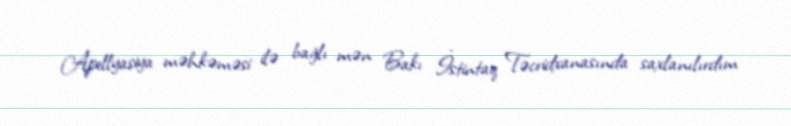
Apellyasiya məhkəməsi ilə bağlı mən Bakı İstintaq Təcridxanasında saxlanılırdım